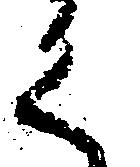
く